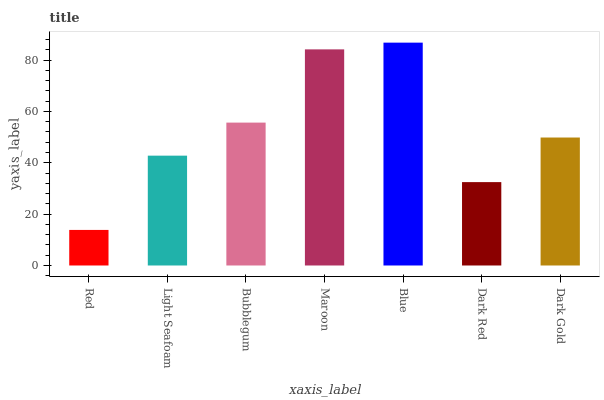
| xaxis_label | bars |
 | --- | --- |
 | Red | 13.8 |
 | Light Seafoam | 42.8 |
 | Bubblegum | 55.6 |
 | Maroon | 84.2 |
 | Blue | 86.8 |
 | Dark Red | 32.5 |
 | Dark Gold | 49.8 |